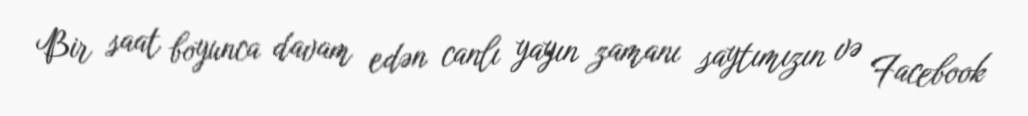
Bir saat boyunca davam edən canlı yayın zamanı saytımızın və Facebook